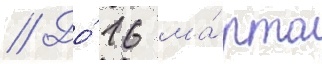
// До́ 16 ма́рта